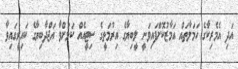
އަދި އެމެރިކާގެ ހަމަލާތައް އަމާޒުކޮށްފައިވަނީ ލީބިޔާގެ އިރުމަތީގެ ސިޓީއެއް ކަމަށްވާ އަޖްދާބިޔާގެ ކައިރީގައިވާ